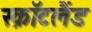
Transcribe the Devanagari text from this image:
स्क़ॉटलैंड